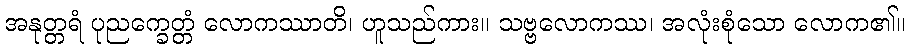
အနုတ္တရံ ပုညက္ခေတ္တံ လောကဿာတိ၊ ဟူသည်ကား။ သဗ္ဗလောကဿ၊ အလုံးစုံသော လောက၏။